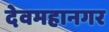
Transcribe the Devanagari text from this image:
देवमहानगर